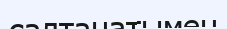
салтанатымен